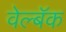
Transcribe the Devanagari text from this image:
वेल्बॅक